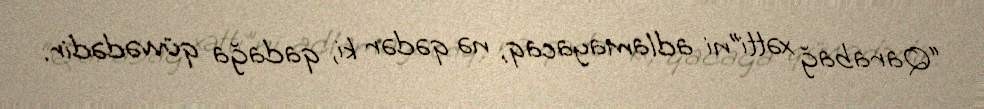
“Qarabağ xətti”ni adlamayacaq, nə qədər ki, qadağa qüvvədədir.